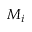
M _ { i }